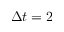
\Delta t = 2